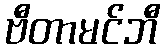
ဗီတာမင်ဘီ